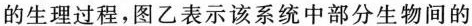
的生理过程，图乙表示该系统中部分生物间的